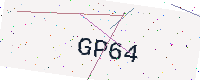
Text: GP64